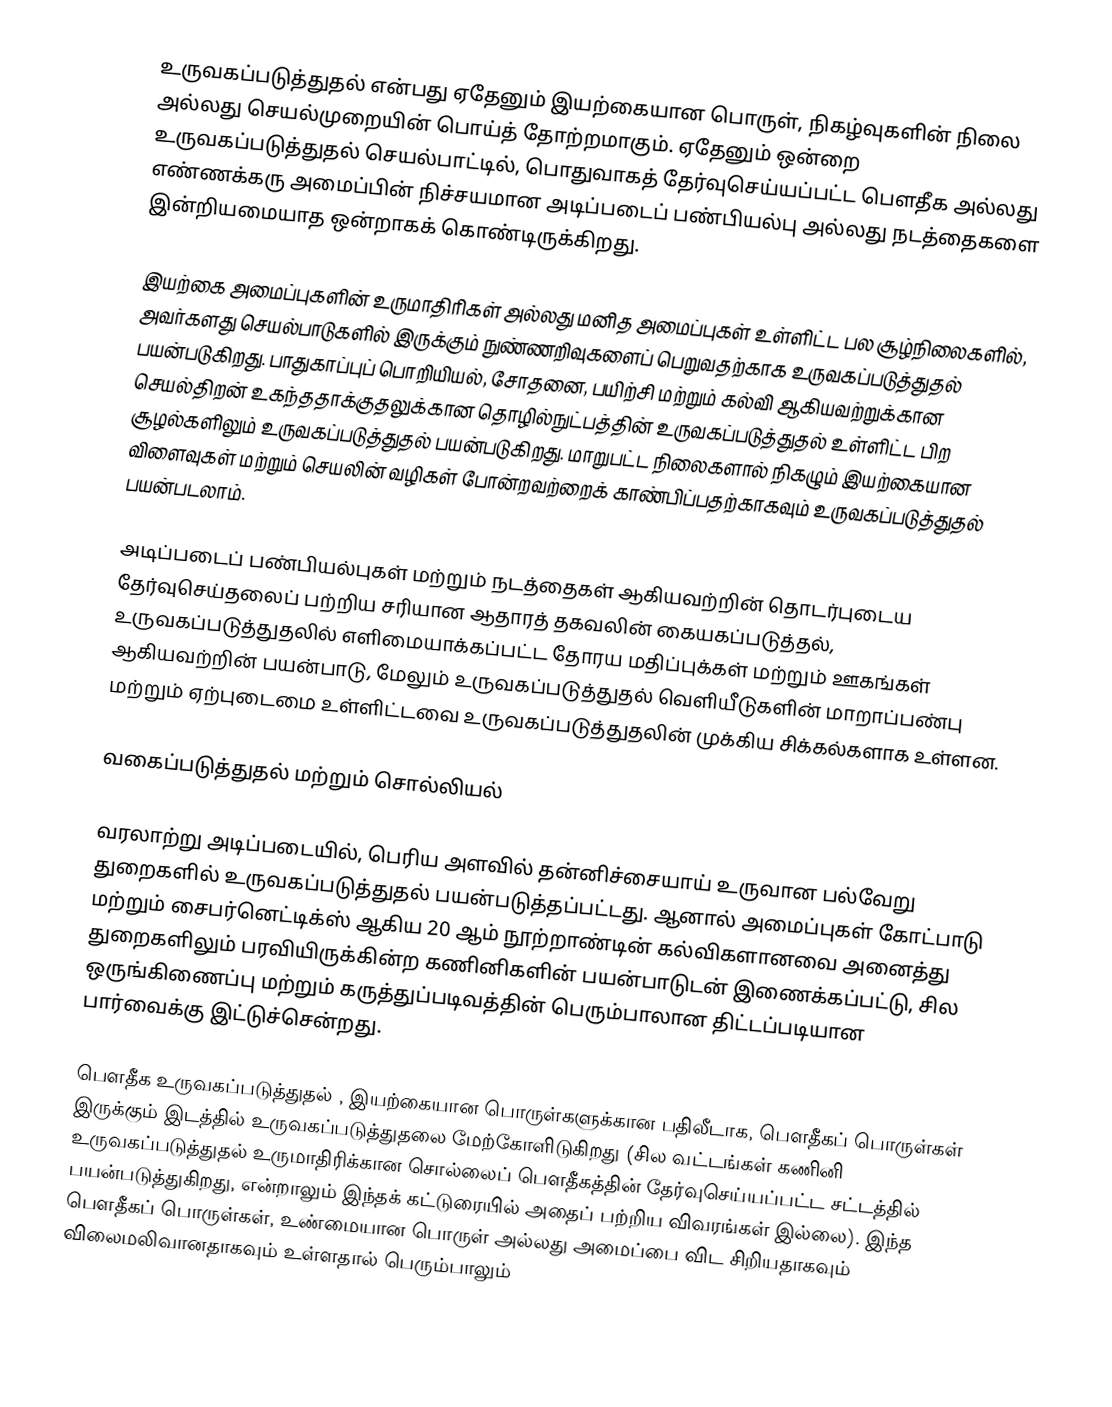
உருவகப்படுத்துதல் என்பது ஏதேனும் இயற்கையான பொருள், நிகழ்வுகளின் நிலை அல்லது செயல்முறையின் பொய்த் தோற்றமாகும். ஏதேனும் ஒன்றை உருவகப்படுத்துதல் செயல்பாட்டில், பொதுவாகத் தேர்வுசெய்யப்பட்ட பெளதீக அல்லது எண்ணக்கரு அமைப்பின் நிச்சயமான அடிப்படைப் பண்பியல்பு அல்லது நடத்தைகளை இன்றியமையாத ஒன்றாகக் கொண்டிருக்கிறது.

இயற்கை அமைப்புகளின் உருமாதிரிகள் அல்லது மனித அமைப்புகள் உள்ளிட்ட பல சூழ்நிலைகளில், அவர்களது செயல்பாடுகளில் இருக்கும் நுண்ணறிவுகளைப் பெறுவதற்காக உருவகப்படுத்துதல் பயன்படுகிறது. பாதுகாப்புப் பொறியியல், சோதனை, பயிற்சி மற்றும் கல்வி ஆகியவற்றுக்கான செயல்திறன் உகந்ததாக்குதலுக்கான தொழில்நுட்பத்தின் உருவகப்படுத்துதல் உள்ளிட்ட பிற சூழல்களிலும் உருவகப்படுத்துதல் பயன்படுகிறது. மாறுபட்ட நிலைகளால் நிகழும் இயற்கையான விளைவுகள் மற்றும் செயலின் வழிகள் போன்றவற்றைக் காண்பிப்பதற்காகவும் உருவகப்படுத்துதல் பயன்படலாம்.

அடிப்படைப் பண்பியல்புகள் மற்றும் நடத்தைகள் ஆகியவற்றின் தொடர்புடைய தேர்வுசெய்தலைப் பற்றிய சரியான ஆதாரத் தகவலின் கையகப்படுத்தல், உருவகப்படுத்துதலில் எளிமையாக்கப்பட்ட தோரய மதிப்புக்கள் மற்றும் ஊகங்கள் ஆகியவற்றின் பயன்பாடு, மேலும் உருவகப்படுத்துதல் வெளியீடுகளின் மாறாப்பண்பு மற்றும் ஏற்புடைமை உள்ளிட்டவை உருவகப்படுத்துதலின் முக்கிய சிக்கல்களாக உள்ளன.

வகைப்படுத்துதல் மற்றும் சொல்லியல்

வரலாற்று அடிப்படையில், பெரிய அளவில் தன்னிச்சையாய் உருவான பல்வேறு துறைகளில் உருவகப்படுத்துதல் பயன்படுத்தப்பட்டது. ஆனால் அமைப்புகள் கோட்பாடு மற்றும் சைபர்னெட்டிக்ஸ் ஆகிய 20 ஆம் நூற்றாண்டின் கல்விகளானவை அனைத்து துறைகளிலும் பரவியிருக்கின்ற கணினிகளின் பயன்பாடுடன் இணைக்கப்பட்டு, சில ஒருங்கிணைப்பு மற்றும் கருத்துப்படிவத்தின் பெரும்பாலான திட்டப்படியான பார்வைக்கு இட்டுச்சென்றது.

பெளதீக உருவகப்படுத்துதல் , இயற்கையான பொருள்களுக்கான பதிலீடாக, பெளதீகப் பொருள்கள் இருக்கும் இடத்தில் உருவகப்படுத்துதலை மேற்கோளிடுகிறது (சில வட்டங்கள்  கணினி உருவகப்படுத்துதல் உருமாதிரிக்கான சொல்லைப் பெளதீகத்தின் தேர்வுசெய்யப்பட்ட சட்டத்தில் பயன்படுத்துகிறது, என்றாலும் இந்தக் கட்டுரையில் அதைப் பற்றிய விவரங்கள் இல்லை). இந்த பெளதீகப் பொருள்கள், உண்மையான பொருள் அல்லது அமைப்பை விட சிறியதாகவும் விலைமலிவானதாகவும் உள்ளதால் பெரும்பாலும்